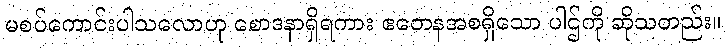
မစပ်ကောင်းပါသလောဟု စောဒနာရှိရကား ဧတေနအစရှိသော ပါဌ်ကို ဆိုသတည်း။